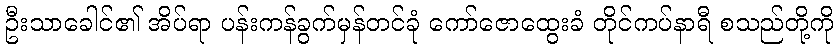
ဦးသာခေါင်၏ အိပ်ရာ ပန်းကန်ခွက်မှန်တင်ခုံ ကော်ဇောထွေးခံ တိုင်ကပ်နာရီ စသည်တို့ကို